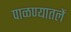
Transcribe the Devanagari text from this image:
पाळण्यातलें